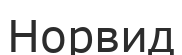
Норвид